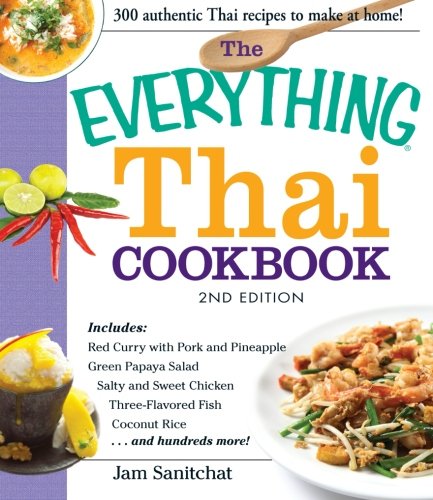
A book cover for The Everything Thai Cookbook: Includes Red Curry with Pork and Pineapple, Green Papaya Salad, Salty and Sweet Chicken, Three-Flavored Fish, Coconut Rice, and hundreds more!; Jam Sanitchat; Cookbooks, Food & Wine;